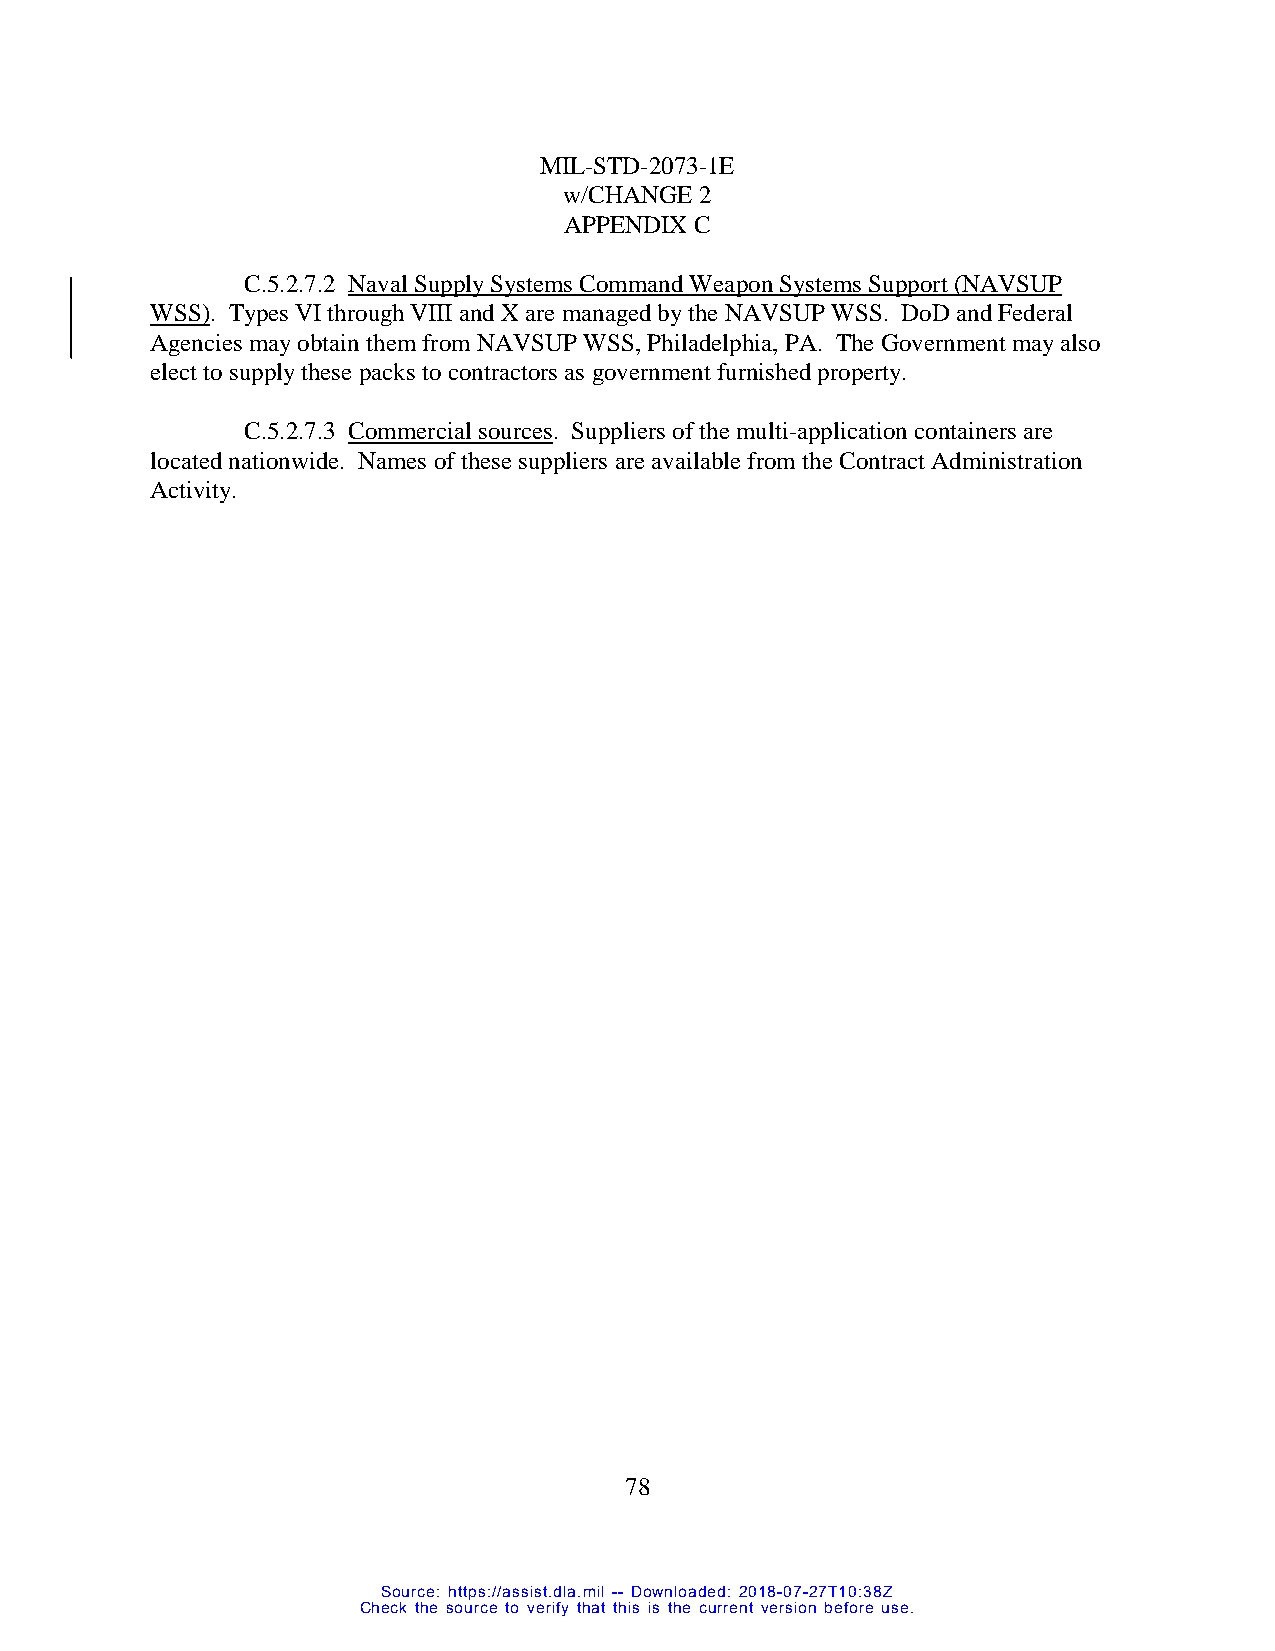
MIL-STD-2073-1E
 w/CHANGE 2
 APPENDIX C
 C.5.2.7.2 Naval Supply Systems Command Weapon Systems Support (NAVSUP
 WSS). Types VI through VIII and X are managed by the NAVSUP WSS. DoD and Federal
 Agencies may obtain them from NAVSUP WSS, Philadelphia, PA. The Government may also
 elect to supply these packs to contractors as government furnished property.
 C.5.2.7.3 Commercial sources. Suppliers of the multi-application containers are
 located nationwide. Names of these suppliers are available from the Contract Administration
 Activity.
 78
 Source: https://assist.dla.mil -- Downloaded: 2018-07-27T10:38Z
 Check the source to verify that this is the current version before use.